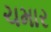
ચમાર